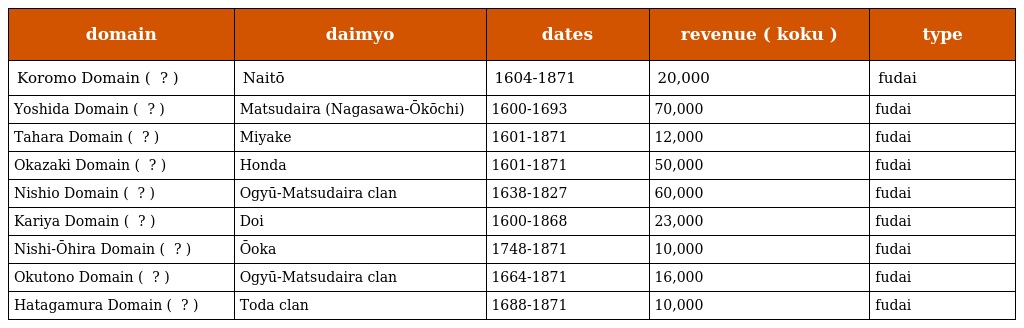
| domain | daimyo | dates | revenue ( koku ) | type |
 | --- | --- | --- | --- | --- |
 | Koromo Domain ( 挙母藩 ? ) | Naitō | 1604-1871 | 20,000 | fudai |
 | Yoshida Domain ( 吉田藩 ? ) | Matsudaira (Nagasawa-Ōkōchi) | 1600-1693 | 70,000 | fudai |
 | Tahara Domain ( 田原藩 ? ) | Miyake | 1601-1871 | 12,000 | fudai |
 | Okazaki Domain ( 岡崎藩 ? ) | Honda | 1601-1871 | 50,000 | fudai |
 | Nishio Domain ( 西尾藩 ? ) | Ogyū-Matsudaira clan | 1638-1827 | 60,000 | fudai |
 | Kariya Domain ( 刈屋藩 ? ) | Doi | 1600-1868 | 23,000 | fudai |
 | Nishi-Ōhira Domain ( 西大平藩 ? ) | Ōoka | 1748-1871 | 10,000 | fudai |
 | Okutono Domain ( 奥殿藩 ? ) | Ogyū-Matsudaira clan | 1664-1871 | 16,000 | fudai |
 | Hatagamura Domain ( 畑ヶ村藩 ? ) | Toda clan | 1688-1871 | 10,000 | fudai |